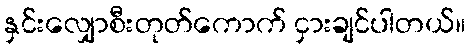
နှင်းလျှောစီးတုတ်ကောက် ငှားချင်ပါတယ်။